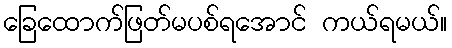
ခြေထောက်ဖြတ်မပစ်ရအောင် ကယ်ရမယ်။